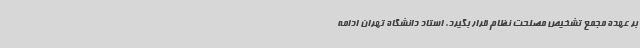
بر عهده مجمع تشخیص مصلحت نظام قرار بگیرد. استاد دانشگاه تهران ادامه